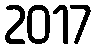
2017